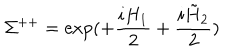
LaTeX: \Sigma ^ { + + } = \exp ( + \frac { i H _ { 1 } } { 2 } + \frac { i \tilde { H } _ { 2 } } { 2 } )